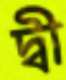
দ্বী